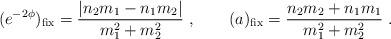
LaTeX: \begin{align*}(e^{-2\phi})_{\rm fix} = {|n_2 m_1 - n_1 m_2| \over m_1^2 + m_2^2}\ , \qquad(a)_{\rm fix} = {n_2 m_2 + n_1 m_1 \over m_1^2 + m_2^2} \ .\end{align*}